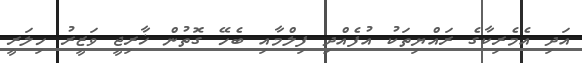
އަދި އެމެރިކާގެ ރައްޔިތަކު އުފެއްދި ފިލްމާއި ބެހޭ ގޮތުން ޚާރިޖީ ވަޒީރު ހިލަރީ